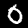
Digit: 0